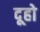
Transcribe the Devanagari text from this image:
दूहो